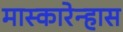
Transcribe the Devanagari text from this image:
मास्कारेन्हास